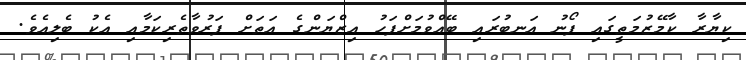
ކިޔާރާ ކާމޭޒުމަތީގައި ފޯނު އަނބުރައި ބޭއްވުމަށްފަހު އިޒްޔަންގެ އަތަށް ފަރުވާތެރިކަމާއި އެކު ބެލިއެވެ.